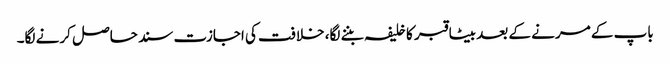
باپ کے مرنے کے بعد بیٹا قبر کا خلیفہ بننے لگا، خلافت کی اجازت سند حاصل کرنے لگا۔